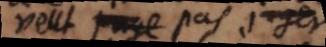
veut juge pas juger